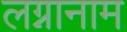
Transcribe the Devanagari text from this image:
लग्नानाम